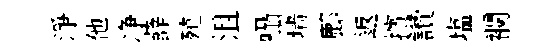
淨他净薛殖沮囁墙鄜返擯讚塩襴